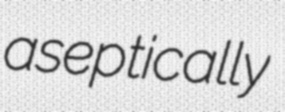
aseptically